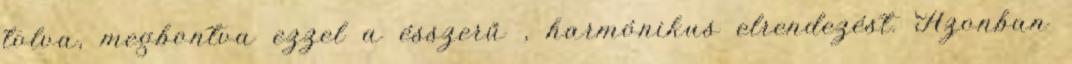
tolva, megbontva ezzel a ésszerű , harmónikus elrendezést. Azonban